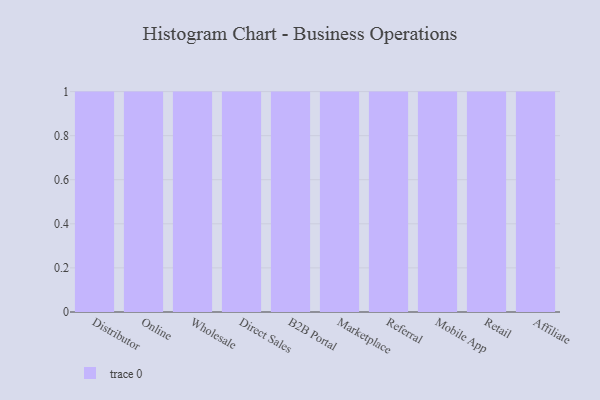
{"axis": {"x": "Channel", "y": "Tickets Resolved"}, "legend": [""], "data": [{"x": "Distributor", "y": 88, "type": ""}, {"x": "Online", "y": 34, "type": ""}, {"x": "Wholesale", "y": 44, "type": ""}, {"x": "Direct Sales", "y": 10, "type": ""}, {"x": "B2B Portal", "y": 84, "type": ""}, {"x": "Marketplace", "y": 39, "type": ""}, {"x": "Referral", "y": 18, "type": ""}, {"x": "Mobile App", "y": 57, "type": ""}, {"x": "Retail", "y": 44, "type": ""}, {"x": "Affiliate", "y": 16, "type": ""}]}